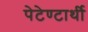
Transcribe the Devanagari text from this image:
पेटेण्टार्थी